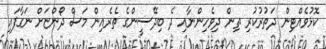
ކޮޅުވެއްޓިން ދަތުރުކުރި ތިން ދިވެހިންނާއި ދެ ބިދޭސީންގެ ތެރެއިން މަސް ދޯންޏަށް ނަގާފައި